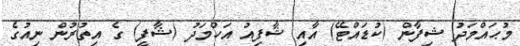
މުޙައްމަދު ޝިފާން (ކުޑައްޓޭ) އާއި ޝާފިއު އަހްމަދު (ޝާފީ) ގެ އިތުރުން ނިއުގެ